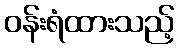
ဝန်းရံထားသည့်